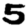
Digit: 5